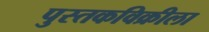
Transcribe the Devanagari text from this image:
पुस्तकविक्रीला